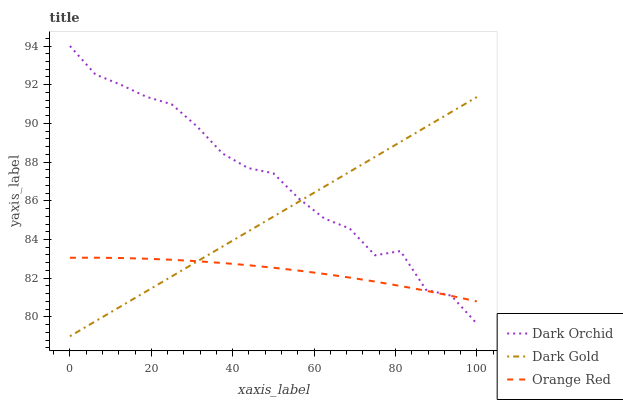
| xaxis_label | Dark Orchid | Dark Gold | Orange Red |
 | --- | --- | --- | --- |
 | 0 | 94 | 79 | 83.1 |
 | 6.25 | 92.5 | 79.8 | 83.1 |
 | 12.5 | 92 | 80.5 | 83 |
 | 18.8 | 91.4 | 81.3 | 83 |
 | 25 | 91 | 82.1 | 83 |
 | 31.2 | 89.8 | 82.9 | 82.9 |
 | 37.5 | 88.4 | 83.6 | 82.8 |
 | 43.8 | 87.7 | 84.4 | 82.7 |
 | 50 | 87.4 | 85.2 | 82.5 |
 | 56.2 | 86.1 | 86 | 82.4 |
 | 62.5 | 85.1 | 86.7 | 82.2 |
 | 68.8 | 84.6 | 87.5 | 82 |
 | 75 | 83.2 | 88.3 | 81.8 |
 | 81.2 | 83.4 | 89 | 81.6 |
 | 87.5 | 81.4 | 89.8 | 81.4 |
 | 93.8 | 81.1 | 90.6 | 81.1 |
 | 100 | 79.7 | 91.4 | 80.8 |